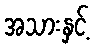
အသားနှင့်